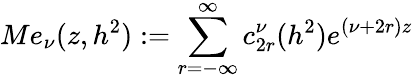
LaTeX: Me_{\nu}(z,h^{2}):=\sum_{r=-\infty}^{\infty}c_{2r}^{\nu}(h^{2})e^{(\nu+2r)z}